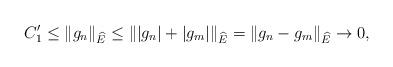
LaTeX: \begin{align*}C_1'\leq \|g_n\|_{\widehat{E}}\leq \||g_n|+|g_m|\|_{\widehat{E}}=\|g_n-g_m\|_{\widehat{E}}\to 0,\end{align*}